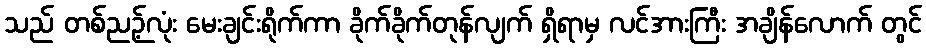
သည် တစ်ညဉ့်လုံး မေးချင်းရိုက်ကာ ခိုက်ခိုက်တုန်လျက် ရှိရာမှ လင်အားကြီး အချိန်လောက် တွင်